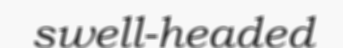
swell-headed